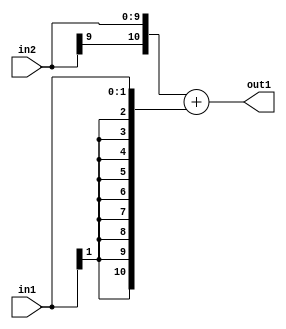
`timescale 1ps / 1ps
/*****************************************************************************
    Verilog RTL Description
    
    
    Created by: Stratus DpOpt 2019.1.01 
*******************************************************************************/

module DC_Filter_Add_10Sx2S_11S_4 (
	in2,
	in1,
	out1
	); /* architecture "behavioural" */ 
input [9:0] in2;
input [1:0] in1;
output [10:0] out1;
wire [10:0] asc001;

assign asc001 = 
	+({in2[9], in2})
	+({{9{in1[1]}}, in1});

assign out1 = asc001;
endmodule

/* CADENCE  ubPwSgk= : u9/ySgnWtBlWxVPRXgAZ4Og= ** DO NOT EDIT THIS LINE ******/